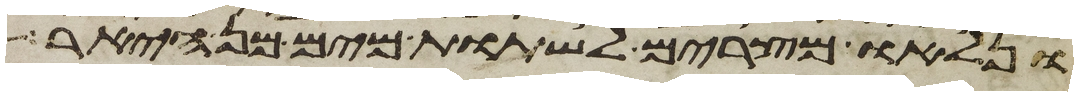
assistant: ונלאו מצרים לשתות מים מן היאר